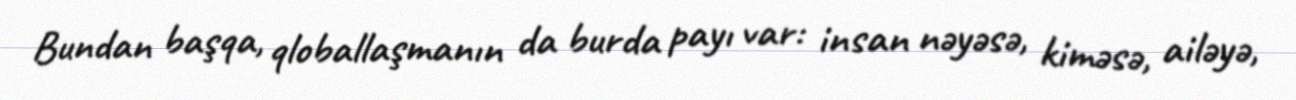
Bundan başqa, qloballaşmanın da burda payı var: insan nəyəsə, kiməsə, ailəyə,